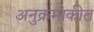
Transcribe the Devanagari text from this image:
अनुक्रमांकीत